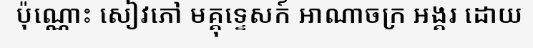
ប៉ុណ្ណោះ សៀវភៅ មគ្គុទ្ទេសក៍ អាណាចក្រ អង្គរ ដោយ